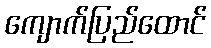
ကျောက်ပြည်ထောင်